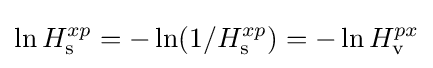
\ln H_{\rm {s}}^{xp}=-\ln(1/H_{\rm {s}}^{xp})=-\ln H_{\rm {v}}^{px}